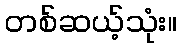
တစ်ဆယ့်သုံး။